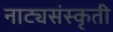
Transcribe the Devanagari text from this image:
नाट्यसंस्कृती